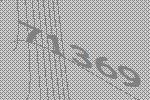
71369